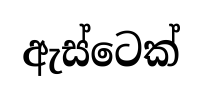
ඇස්ටෙක්